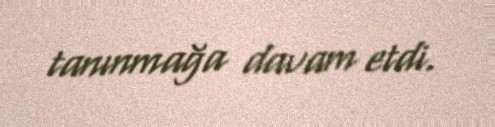
tanınmağa davam etdi.